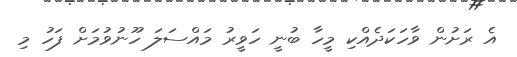
އެ ރަށުން ވާހަކަދެއްކި މީހާ ބުނީ ހަވީރު މައްސަލަ ހޫނުވުމަށް ފަހު މި